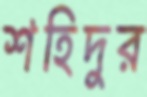
শহিদুর